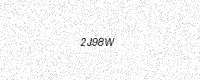
Text: 2J98W